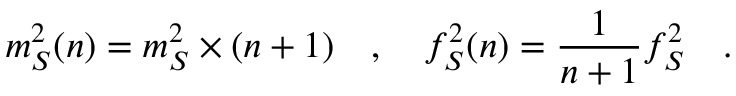
m _ { S } ^ { 2 } ( n ) = m _ { S } ^ { 2 } \times ( n + 1 ) ~ ~ ~ , ~ ~ ~ f _ { S } ^ { 2 } ( n ) = \frac { 1 } { n + 1 } f _ { S } ^ { 2 } ~ ~ ~ .